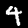
Label: 4